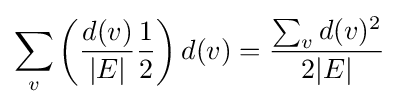
\sum _{v}\left({\frac {d(v)}{|E|}}{\frac {1}{2}}\right)d(v)={\frac {\sum _{v}d(v)^{2}}{2|E|}}